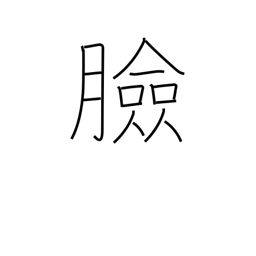
Meaning: face